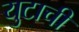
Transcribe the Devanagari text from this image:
युटाची